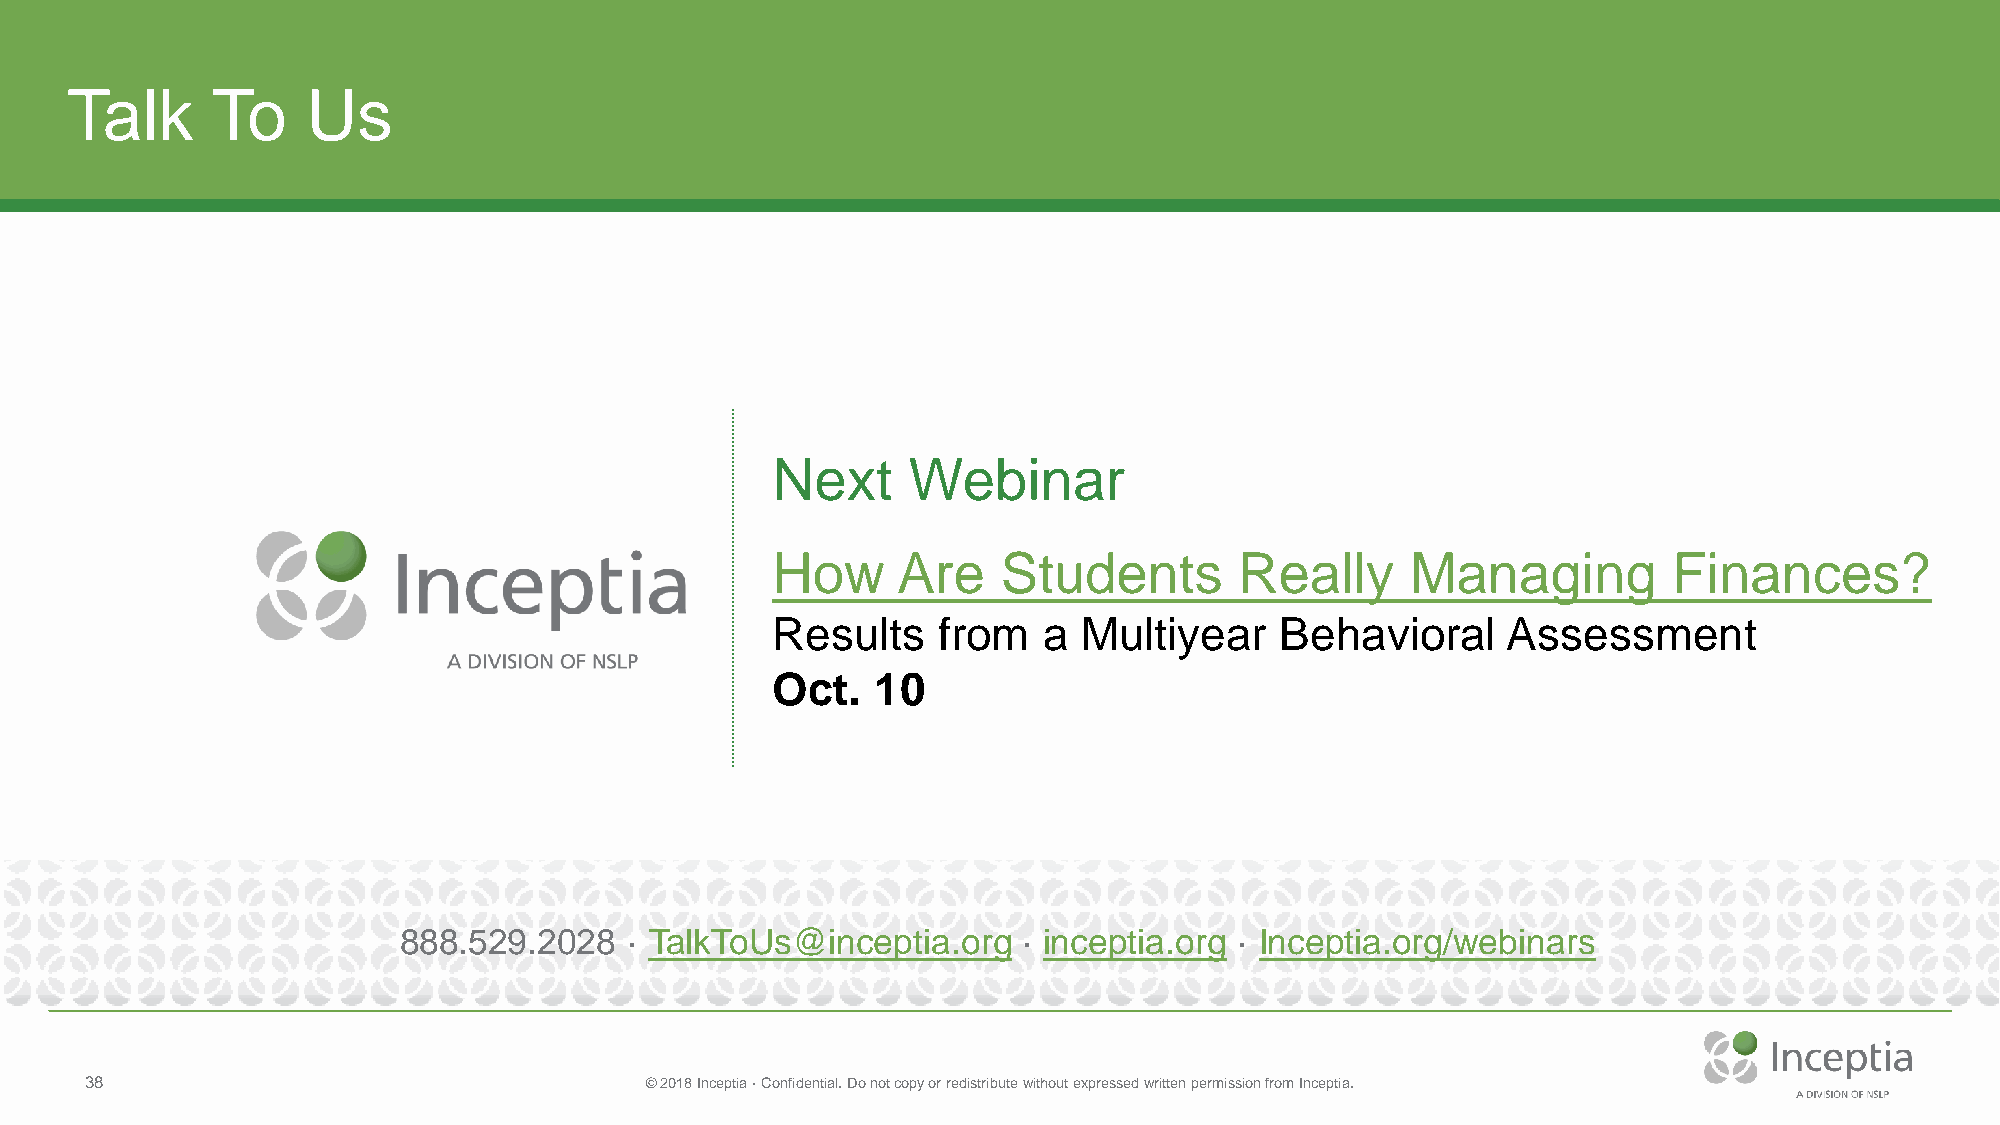
Talk      To    Us
 Next     Webinar
 How     Are    Students        Really     Managing          Finances?
 Results    from   a  Multiyear    Behavioral     Assessment
 Oct.   10
 888.529.2028    · TalkToUs@inceptia.org   · inceptia.org · Inceptia.org/webinars
 38                                   © 2018 Inceptia · Confidential. Do not copy or redistribute without expressed written permission from Inceptia.